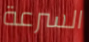
السرعة